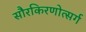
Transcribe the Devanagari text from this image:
सौरकिरणोत्सर्ग